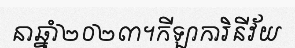
នាឆ្នាំ២០២៣។កីឡាការិនីវ័យ